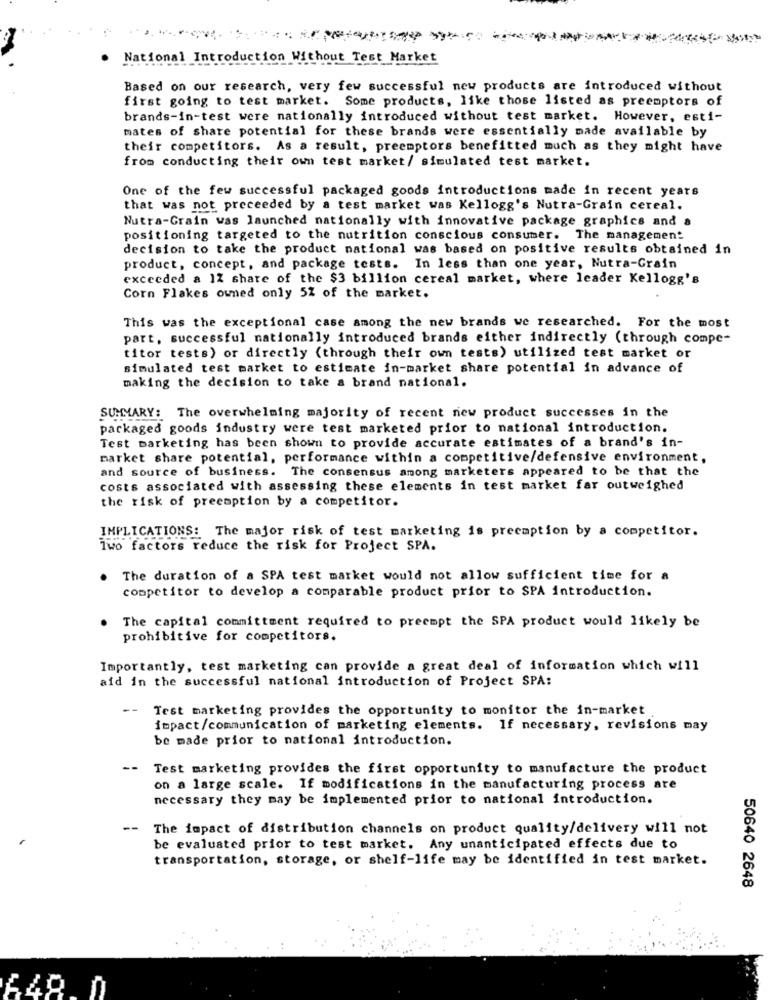
National Introduction Without Test Market
Based on our research, very few successful new products are introduced without
first going to test market. Some products, like those listed as preemptors of
brands-in-test were nationally introduced without test market. However, esti-
mates of share potential for these brands were essentially made available by
their competitors. As a result, preemptors benefitted much as they might have
from conducting their own test market/ simulated test market.
One of the few successful packaged goods introductions made in recent years
that was not preceeded by a test market was Kellogg's Nutra-Grain cereal.
Nutra-Grain was launched nationally with innovative package graphics and a
positioning targeted to the nutrition conscious consumer. The management
decision to take the product national was based on positive results obtained in
product, concept, and package tests. In less than one year, Nutra-Grain
exceeded a 12 share of the $3 billion cereal market, where leader Kellogg's
Corn Flakes owned only 52 of the market.
This was the exceptional case among the new brands we researched. For the most
part, successful nationally introduced brands either indirectly (through compe-
titor tests) or directly (through their own tests) utilized test market or
simulated test market to estimate in-market share potential in advance of
making the decision to take a brand national.
SUMMARY: The overwhelming majority of recent new product successes in the
packaged goods industry were test marketed prior to national introduction.
Test marketing has been shown to provide accurate estimates of a brand's in-
market share potential, performance within a competitive/defensive environment,
and source of business. The consensus among marketers appeared to be that the
costs associated with assessing these elements in test market far outweighed
the risk of preemption by a competitor.
IMPLICATIONS: The major risk of test marketing is precaption by a competitor.
Two factors reduce the risk for Project SPA.
The duration of a SPA test market would not allow sufficient time for a
competitor to develop a comparable product prior to SPA introduction.
. The capital committment required to preempt the SPA product would likely be
prohibitive for competitors.
Importantly, test marketing can provide a great deal of information which will
aid in the successful national introduction of Project SPA:
--
Test marketing provides the opportunity to monitor the in-market
impact/communication of marketing elements. If necessary, revisions may
be made prior to national introduction.
--
Test marketing provides the first opportunity to manufacture the product
on a large scale. If modifications in the manufacturing process are
necessary they may be implemented prior to national introduction.
--
The impact of distribution channels on product quality/delivery will not
be evaluated prior to test market. Any unanticipated effects due to
transportation, storage, or shelf-life may be identified in test market.
50640 2648
£49.0